NAE_ERA_R-1992_EV_Ehitusministeerium, lk 10
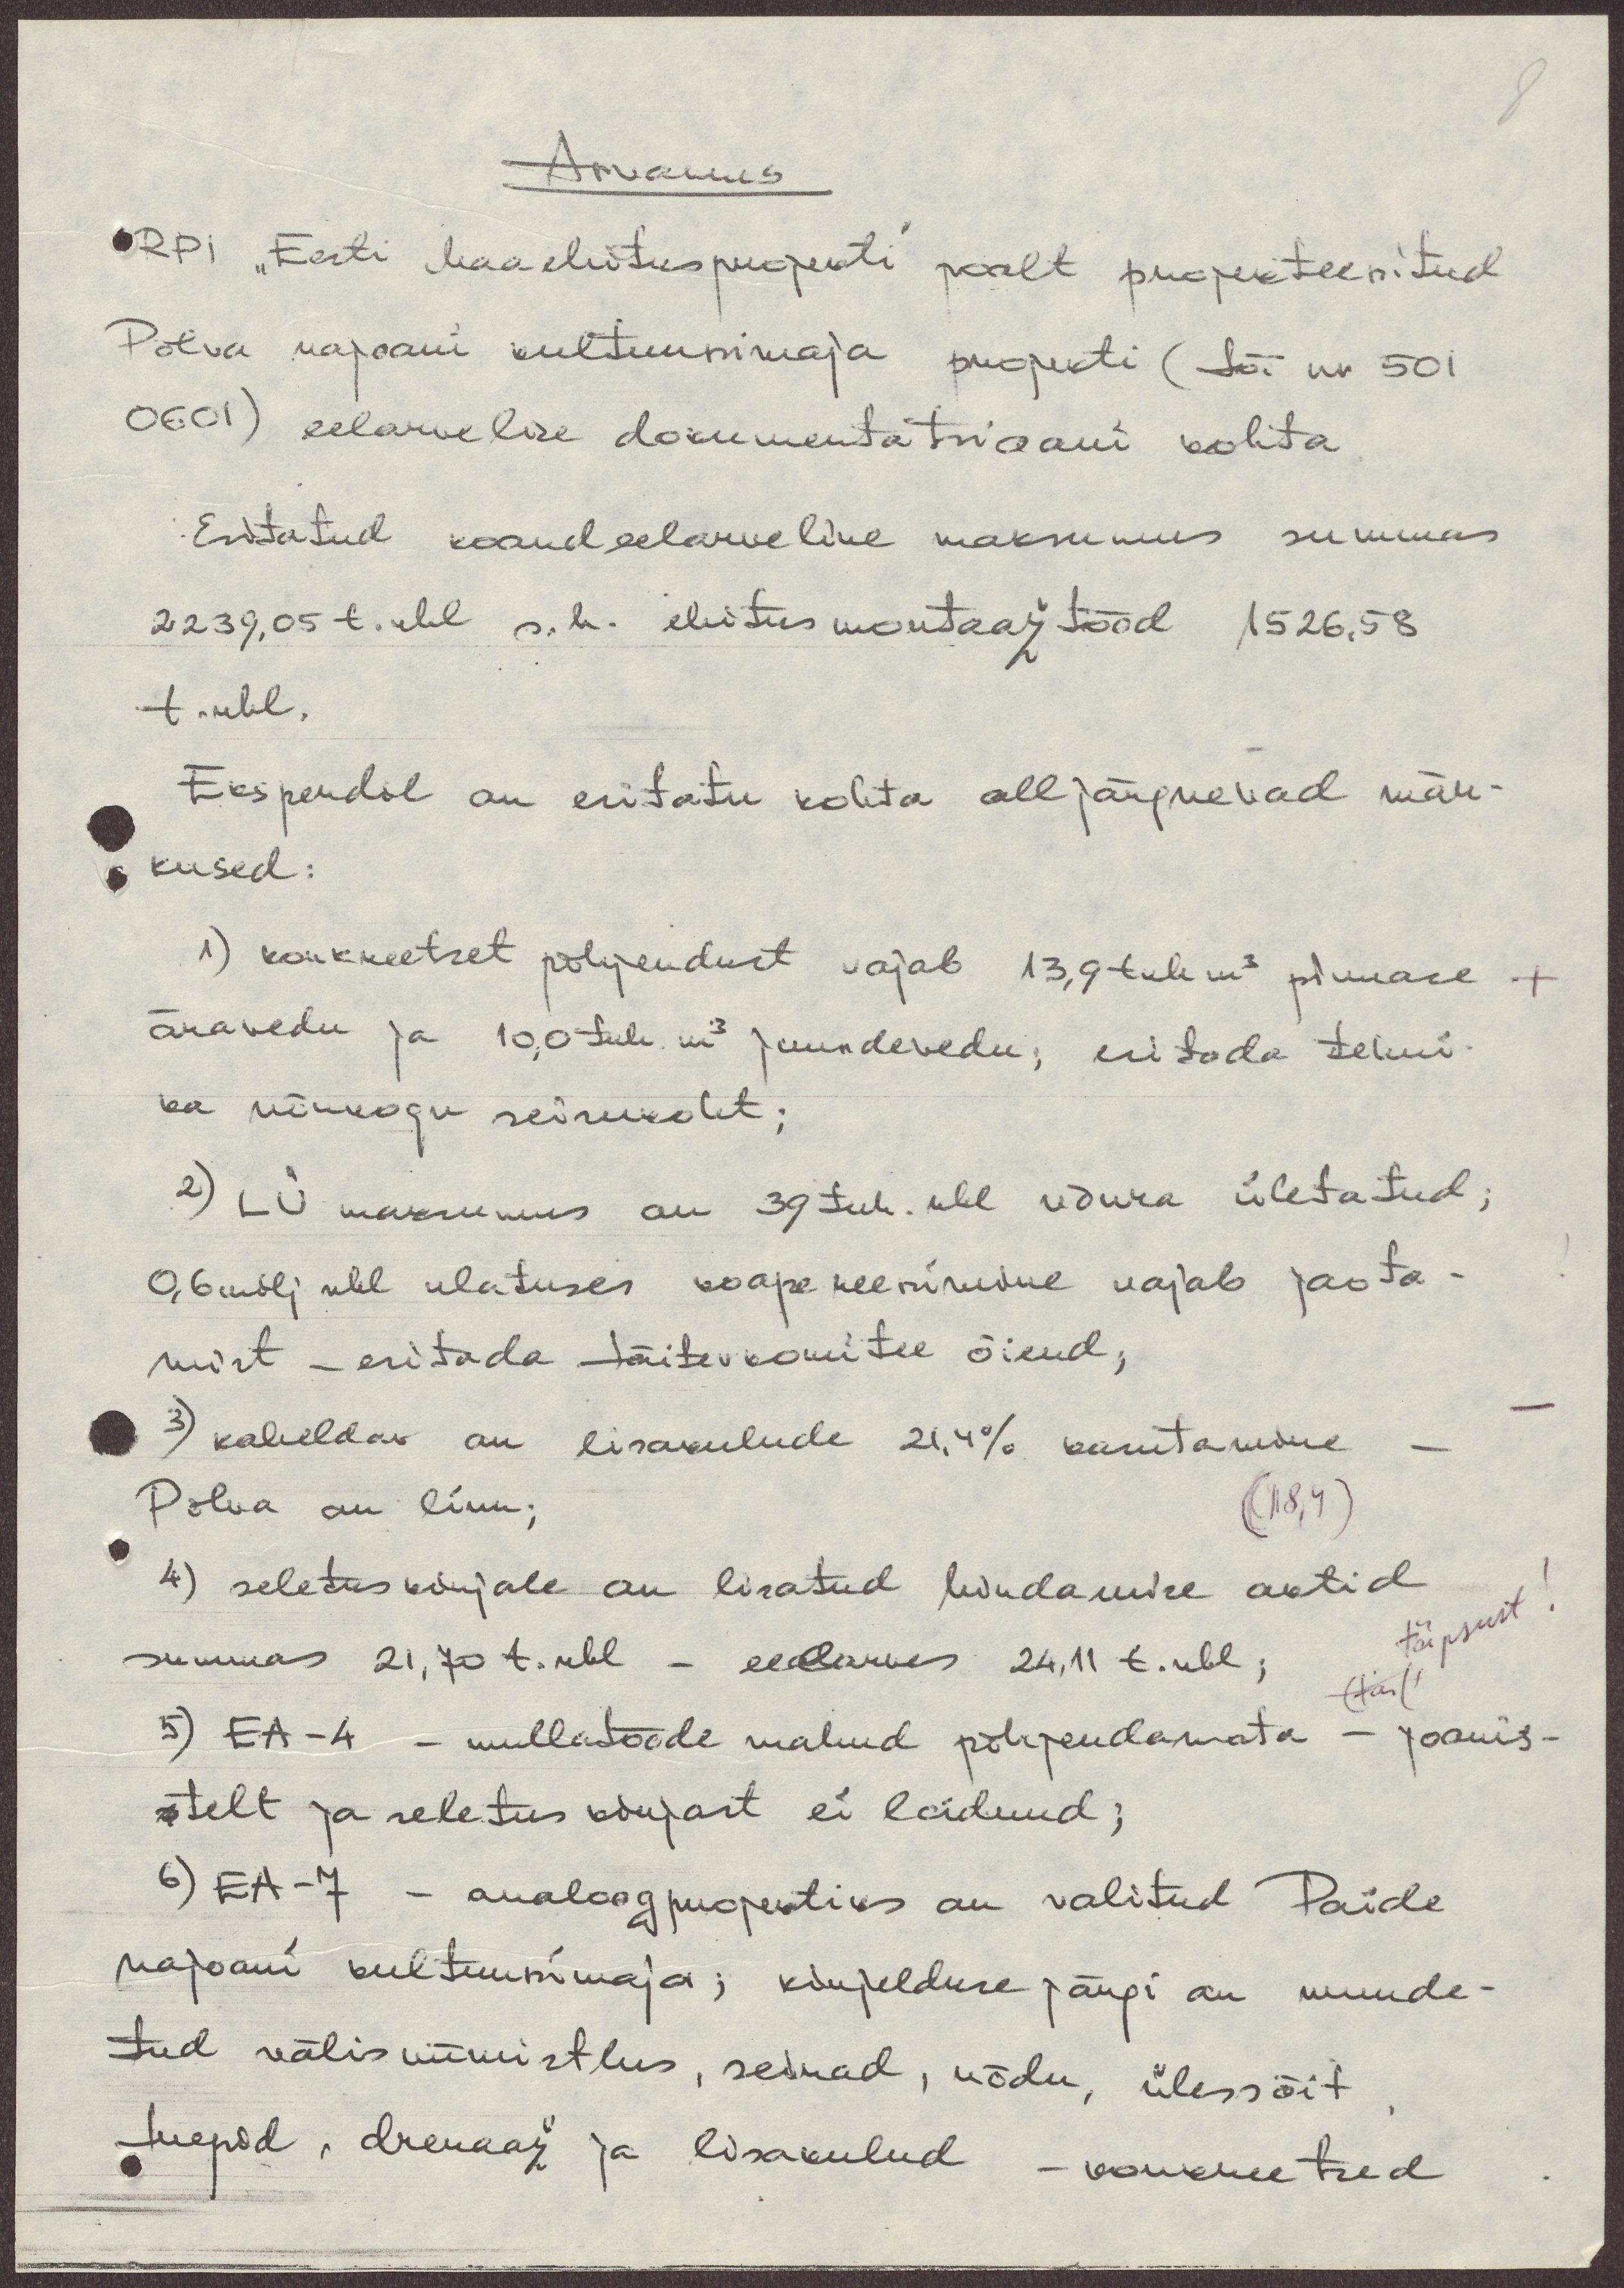
Arvamus
RPI "Eesti Maaehitusprojekti" poolt projekteeritud
Põlva rajooni kultuurimaja projekti (töö nr 501
0601) eelarvelise dokumentatsiooni kohta
Esitatud koondeelarveline maksumus summas
2239.05 t.rbl. s. h. ehitus montaažtööd 1526.58
t. rbl.
Eksperdil on esitatu kohta alljärgnevad mär-
kused:
1) konkreetset põhjendust vajab 13,9 tuh m3 pinnase +
äravedu ja 10,0 tuh. m3 juurdevedu, esitada tehni-
ka nõukogu seisukoht;
2) LÜ maksumus on 39 tuh. rbl võrra ületatud;
0,6 milj. rbl ulatuses kaapekeenirudne vajab jaota-
mist - esitada täitevkomitee õiend;
3) kaheldav on lisakulude 21.4% kasutamine
Põlva on linn;
(118,4)
4) seletuskirjale on lisatud hindamise aktid
summas 21,70 t. rbl - eelarves 24,11 t. rbl;
täpsust
(tast
5) EA -4 - mullatööde mahud põhjendamata - joonis-
telt ja seletus kirjast ei leidnud;
6) EA - 7 - analoogprojektis on valitud Paide
rajooni kultuurimaja; kirjelduse järgi on muude-
tud välisviimistlus, seinad, rõdu, ülessõit
trepid, drenaaž ja lisakulud - kaukmeetud